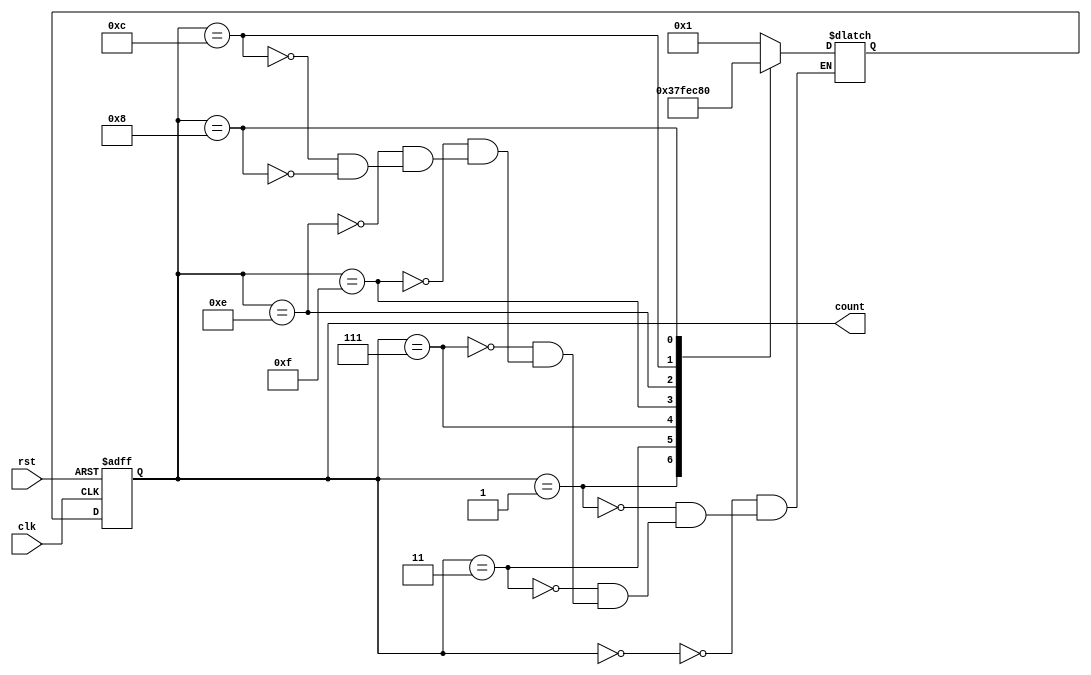
module johnson_counter (
    input wire clk, // Clock input
    input wire rst, // Reset input
    output reg [3:0] count // 4-bit counter output
);

reg [3:0] next_count;

always @ (posedge clk or posedge rst) begin
    if (rst) begin
        count <= 4'b0000;
    end else begin
        count <= next_count;
    end
end

always @ (*) begin
    case(count)
        4'b0000: next_count = 4'b0001;
        4'b0001: next_count = 4'b0011;
        4'b0011: next_count = 4'b0111;
        4'b0111: next_count = 4'b1111;
        4'b1111: next_count = 4'b1110;
        4'b1110: next_count = 4'b1100;
        4'b1100: next_count = 4'b1000;
        4'b1000: next_count = 4'b0000;
    endcase
end

endmodule